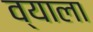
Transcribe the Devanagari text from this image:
व्याला